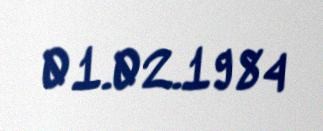
01.02.1984